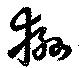
猻